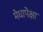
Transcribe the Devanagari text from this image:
मेघापेक्षा